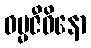
ဓမ္မဇီဝိနော